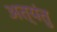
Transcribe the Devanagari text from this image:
अत्यंतु